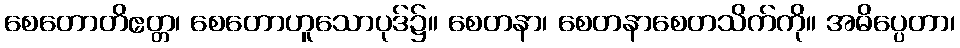
စေတောတိဧတ္တ၊ စေတောဟူသောပုဒ်၌။ စေတနာ၊ စေတနာစေတသိက်ကို။ အဓိပ္ပေတာ၊